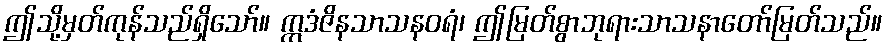
ဤသို့မှတ်ကုန်သည်ရှိသော်။ ဣဒံဇိနသာသနဝရံ၊ ဤမြတ်စွာဘုရားသာသနာတော်မြတ်သည်။